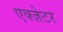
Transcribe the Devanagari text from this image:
एक्ज़ेटर